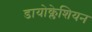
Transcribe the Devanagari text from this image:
डायोक्लेशियन